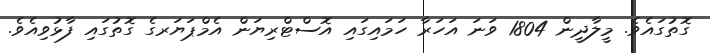
ގޮތުގައެވެ. މީލާދީން 1804 ވަނަ އަހަރާ ހަމައިގައި އޮސްޓްރިޔަން އެމްޕަޔަރގެ ގޮތުގައި ފާޅުވިއެވެ.